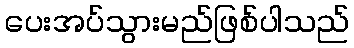
ပေးအပ်သွားမည်ဖြစ်ပါသည်